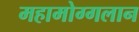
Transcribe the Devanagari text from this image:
महामोग्गलान